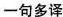
一句多译